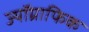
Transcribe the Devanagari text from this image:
ज्यॉग्राफिक